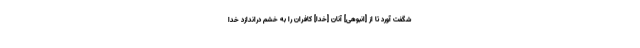
شگفت آورد تا از [انبوهى] آنان [خدا] كافران را به خشم دراندازد خدا